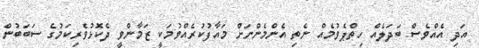
އަދި އެއްވެސް ބަދަލެއް ހިތްޕެވުމެއް ނެތި އެންމެންނަށް މައާފުކުރެއްވުމަކީ ޒަމާންވީ ދެކޮޅުވެރިކަމުގެ ސަބަބުން